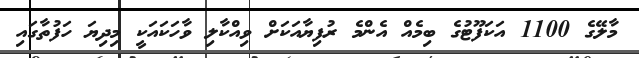
މާލޭގެ 1100 އަކަފޫޓުގެ ބިމެއް އެންމެ ރުފިޔާއަކަށް ވިއްކާލި ވާހަކައަކީ މިދިޔަ ހަފުތާގައި